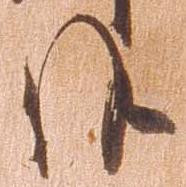
候